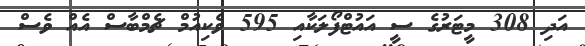
އަދި 308 މީޓަރުގެ ސީ އައުޓްފޯލަކާއި 595 ވެކިއުމް ޗެމްބާސް އެއް ވެސް